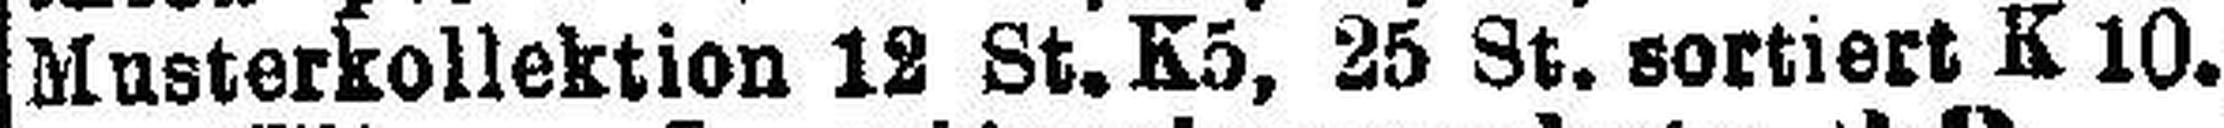
Musterkollektion 12 St. K5, 25 St. sortiert K10.